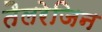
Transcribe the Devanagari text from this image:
तैलरेजिन